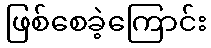
ဖြစ်စေခဲ့ကြောင်း